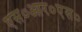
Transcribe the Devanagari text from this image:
एस०आर०एस०